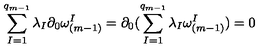
\sum _ { I = 1 } ^ { q _ { m - 1 } } \lambda _ { I } \partial _ { 0 } \omega _ { ( m - 1 ) } ^ { I } = \partial _ { 0 } ( \sum _ { I = 1 } ^ { q _ { m - 1 } } \lambda _ { I } \omega _ { ( m - 1 ) } ^ { I } ) = 0